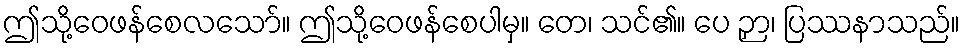
ဤသို့ဝေဖန်စေလသော်။ ဤသို့ဝေဖန်စေပါမှ။ တေ၊ သင်၏။ ပေ ဉှာ၊ ပြဿနာသည်။